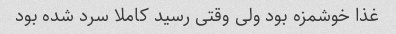
غذا خوشمزه بود ولی وقتی رسید کاملا سرد شده بود